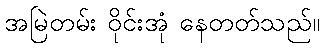
အမြဲတမ်း ဝိုင်းအုံ နေတတ်သည်။